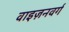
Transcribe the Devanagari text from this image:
वाइज़नवर्ग